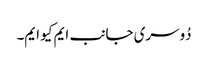
دُوسری جانب ایم کیو ایم۔